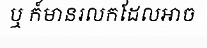
ឬ ក៍មានរលកដែលអាច